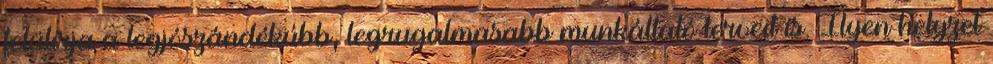
felülírja a legjószándékúbb, legrugalmasabb munkáltató terveit is. Ilyen helyzet